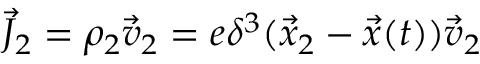
\vec { J } _ { 2 } = \rho _ { 2 } \vec { v } _ { 2 } = e \delta ^ { 3 } ( \vec { x } _ { 2 } - \vec { x } ( t ) ) \vec { v } _ { 2 }